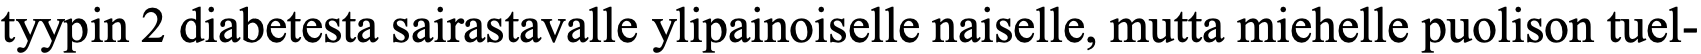
tyypin 2 diabetesta sairastavalle ylipainoiselle naiselle, mutta miehelle puolison tuel-